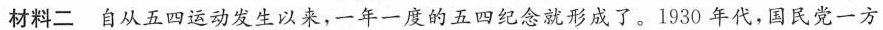
材料二 自从五四运动发生以来，一年一度的五四纪念就形成了。1930年代，国民党一方